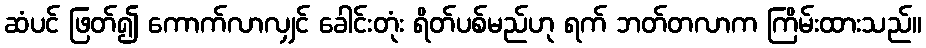
ဆံပင် ဖြတ်၍ ကောက်လာလျှင် ခေါင်းတုံး ရိတ်ပစ်မည်ဟု ရက် ဘတ်တလာက ကြိမ်းထားသည်။